Insane asylums in Bengal annual reports 1867-1875 - 1867-1875
Year: 1867
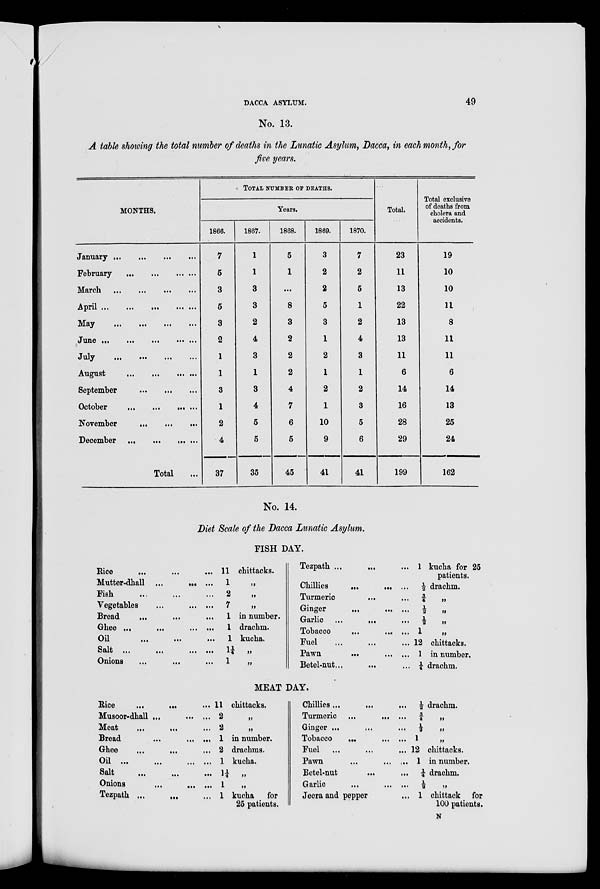
DACCA ASYLUM.
49
No. 13.
A table showing the total number of deaths in the Lunatic Asylum, Dacca, in each month, for
five years.
MONTHS.
January ...
...
...
...
February ... ... ... ...
March
...
...
...
...
April ...
...
... ... ...
May
...
...
... ... ...
June ...
...
... ... ...
July
...
...
...
...
August
...
... ... ...
September
...
...
...
October
...
... ... ...
November ... ... ...
December ... ... ...
Total ...
TOTAL NUMBER OF DEATHS.
Years.
1866.
7
5
3
5
3
2
1
1
3
1
2
4
37
1867.
1
1
3
3
2
4
3
1
3
4
5
5
35
1868.
5
1
...
8
3
2
2
2
4
7
6
5
45
1869.
3
2
2
5
3
1
2
1
2
1
10
9
41
1870.
7
2
5
1
2
4
3
1
2
3
5
6
41
Total.
23
11
13
22
13
13
11
6
14
16
28
29
199
Total exclusive
of deaths from
cholera and
accidents.
19
10
10
11
8
11
11
6
14
13
25
24
162
No. 14.
Diet Scale of the Dacca Lunatic Asylum.
FISH DAY.
Rice
...
...
...
Mutter-dhall ... ... ...
Fish ... ... ...
Vegetables ... ... ...
Bread ... ... ...
Ghee ...
...
... ...
Oil ... ... ...
Salt ... ... ... ...
Onions ... ... ...
11
1
2
7
1
1
1
1¼
1
chittacks.
„
„
„
in number.
drachm.
kucha.
„
„
Tezpath ... ... ...
Chillies
...
...
...
Turmeric ... ... ...
Ginger ... ... ...
Garlic ... ... ... ...
Tobacco ... ... ...
Fuel ... ... ...
Pawn
... ... ...
Betel-nut ... ...
1 kucha for 25
patients.
½ drachm.
¾ „
½ „
½ „
1 „
12 chittacks.
1 in number.
¼ drachm.
MEAT DAY.
Rice ...
...
Musoor-dhall
...
...
...
Meat
...
...
...
Bread
...
...
...
Ghee
...
... ...
Oil
...
...
...
...
Salt
...
...
...
Onions
...
...
...
Tezpath
...
...
...
11 chittacks.
2 „
2 „
1 in number.
2 drachms.
1 kucha.
1¼ „
1
„
1 kucha
for
25 patients.
Chillies ... ... ...
Turmeric
...
...
...
Ginger ... ... ...
Tobacco
...
...
...
Fuel ... ... ...
Pawn
...
...
...
Betel-nut ... ...
Garlic
...
...
...
Jeera and pepper ...
½ drachm.
¾ „
½ „
1 „
12 chittacks.
1 in number.
¼ drachm.
½ „
1 chittack for
100 patients.
N